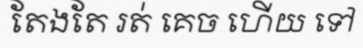
តែងតែ រត់ គេច ហើយ ទៅ